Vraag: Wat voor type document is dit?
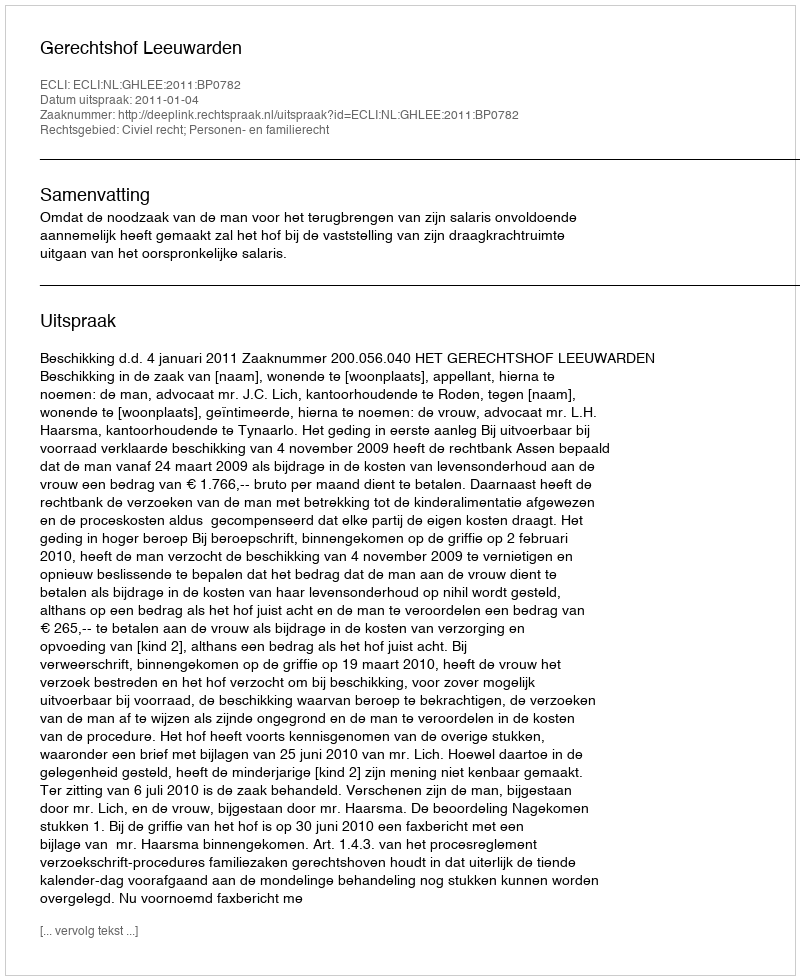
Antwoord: Uitspraak